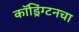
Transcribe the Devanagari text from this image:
कॉड्रिंग्टनचा